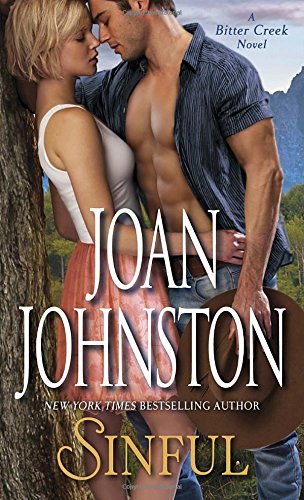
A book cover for Sinful: A Bitter Creek Novel; Joan Johnston; Romance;